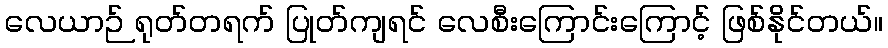
လေယာဉ် ရုတ်တရက် ပြုတ်ကျရင် လေစီးကြောင်းကြောင့် ဖြစ်နိုင်တယ်။